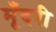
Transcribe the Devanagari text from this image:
मूँदरी